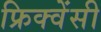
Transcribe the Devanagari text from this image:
फ्रिक्‍वेंसी